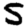
Digit: 5